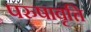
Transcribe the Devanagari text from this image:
परुषावृत्ति